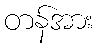
တန်အား